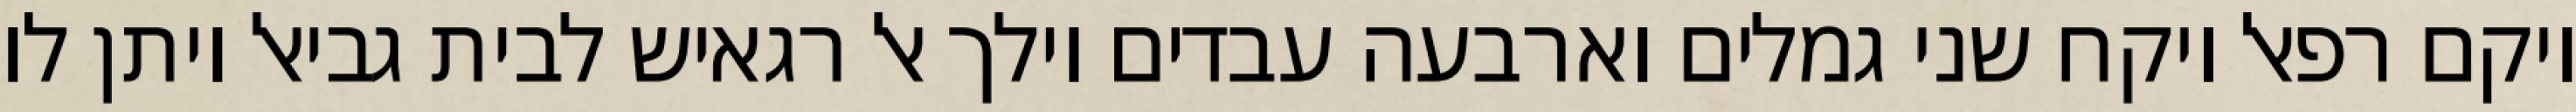
ויקם רפאל ויקח שני גמלים וארבעה עבדים וילך אל רגאיש לבית גביאל ויתן לו